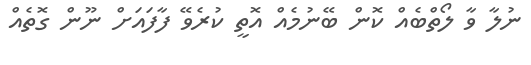
ނުލާ ވާ ލޯތްބެއް ކޮން ބޭނުމެއް އޮތީ ކުރެވޭ ފާފައަށް ނޫން ގޮތެއް